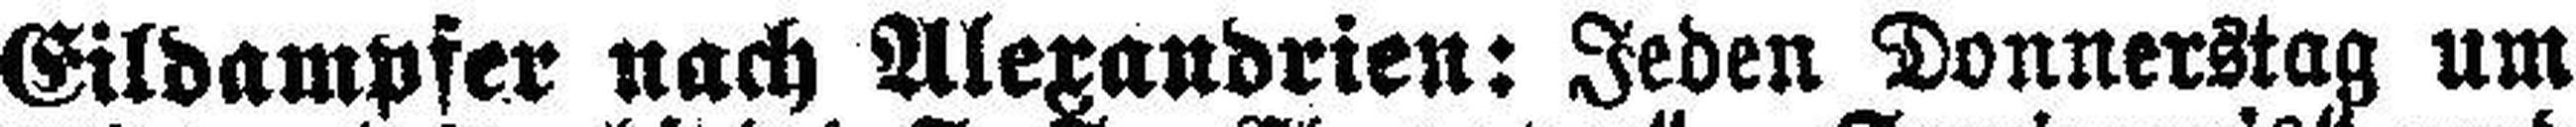
Eildampfer nach Alexandrien: Jeden Donnerstag um